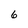
Character: 6